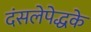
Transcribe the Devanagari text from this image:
दंसलेपेद्धके